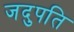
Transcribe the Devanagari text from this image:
जदुपति